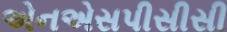
એનએસપીસીસી